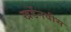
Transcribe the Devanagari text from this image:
खर्डेनवीस